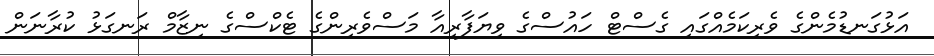
އަޅުގަނޑުމެންގެ ވެރިކަމެއްގައި ގެސްޓް ހައުސްގެ ވިޔަފާރިއާ މަސްވެރިންގެ ޓެކްސްގެ ނިޒާމް ރަނގަޅު ކުރާނަން